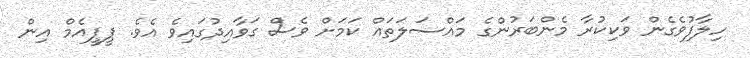
ހިލާފުވެގެން ވަކިކުރާ މެންބަރުންގެ މައްސަލަތައް ކަމަށް ވެސް ގަވާއިދުގައިވެ އެވެ. ޕީޕީއެމް އިން